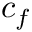
c _ { f }